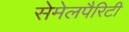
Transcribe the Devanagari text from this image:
सेमेलपैरिटी